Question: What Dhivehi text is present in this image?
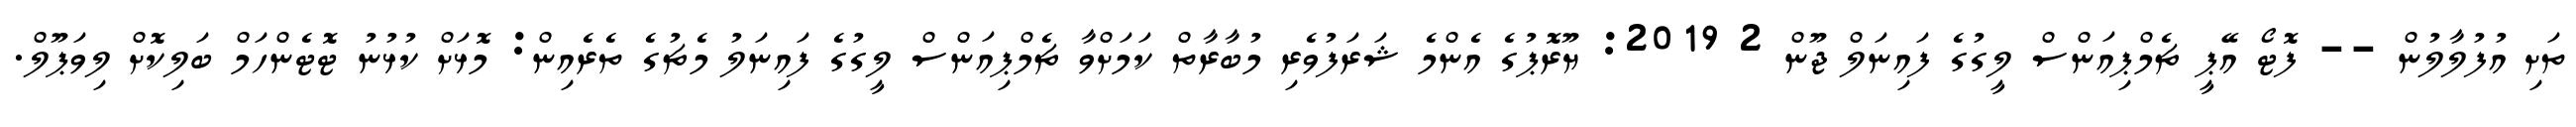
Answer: ތަށި އުފުލާލުން -- ފޮޓޯ އޭޕީ ޗެމްޕިއަންސް ލީގުގެ ފައިނަލް ޖޫން 2 2019: ޔޫރޮޕުގެ އެންމެ ޝަރަފުވެރި މުބާރާތް ކަމަށްވާ ޗެމްޕިއަންސް ލީގުގެ ފައިނަލު މެޗުގެ ތެރެއިން: މޮޅަށް ކުޅުނު ޓޮޓެންހަމް ބަލިކޮށް ލިވަޕޫލް.